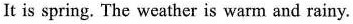
It is spring. The weather is warm and rainy.